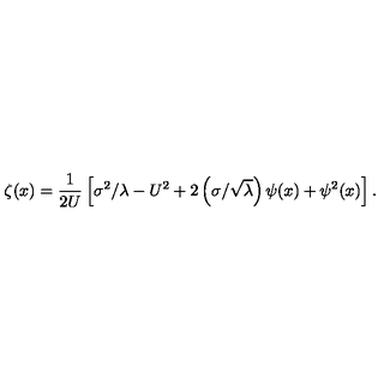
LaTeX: \zeta ( x ) = \frac { 1 } { 2 U } \left[ \sigma ^ { 2 } / \lambda - U ^ { 2 } + 2 \left( \sigma / \sqrt { \lambda } \right) \psi ( x ) + \psi ^ { 2 } ( x ) \right] .